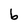
Character: b